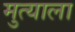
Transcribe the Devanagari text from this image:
मुत्याला